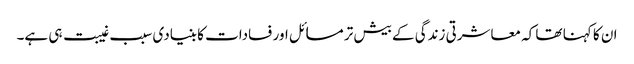
ان کا کہنا تھا کہ معاشرتی زندگی کے بیش تر مسائل اور فسادات کا بنیادی سبب غیبت ہی ہے۔